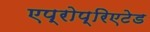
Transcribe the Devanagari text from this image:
एप्रोप्रिएटेड